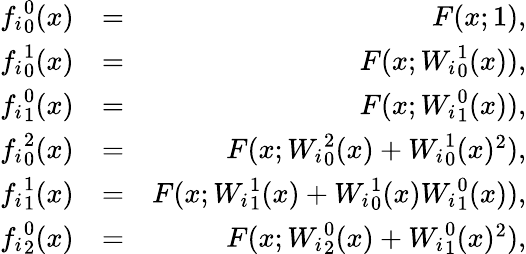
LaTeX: \begin{array}{rlr}{{f_{i}}_{0}^{0}(x)}&{=}&{F(x;1),}\\ {{f_{i}}_{0}^{1}(x)}&{=}&{F(x;{W_{i}}_{0}^{1}(x)),}\\ {{f_{i}}_{1}^{0}(x)}&{=}&{F(x;{W_{i}}_{1}^{0}(x)),}\\ {{f_{i}}_{0}^{2}(x)}&{=}&{F(x;{W_{i}}_{0}^{2}(x)+{W_{i}}_{0}^{1}(x)^{2}),}\\ {{f_{i}}_{1}^{1}(x)}&{=}&{F(x;{W_{i}}_{1}^{1}(x)+{W_{i}}_{0}^{1}(x){W_{i}}_{1}^{0}(x)),}\\ {{f_{i}}_{2}^{0}(x)}&{=}&{F(x;{W_{i}}_{2}^{0}(x)+{W_{i}}_{1}^{0}(x)^{2}),}\end{array}